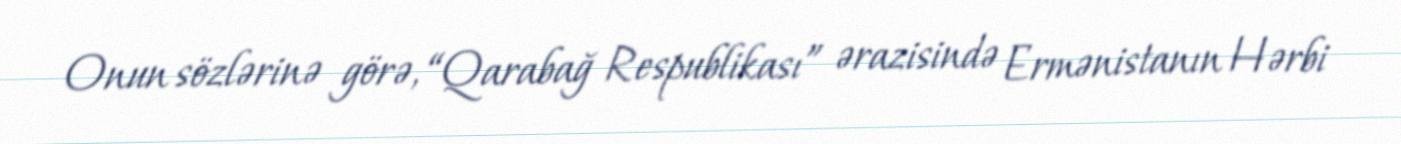
Onun sözlərinə görə, “Qarabağ Respublikası” ərazisində Ermənistanın Hərbi